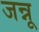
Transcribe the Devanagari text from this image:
जन्नू